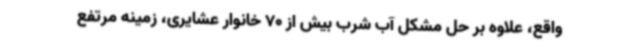
واقع، علاوه‌ بر حل مشکل آب شرب بیش از 70 خانوار عشایری، زمینه مرتفع